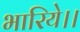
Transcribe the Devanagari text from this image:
भारिये।।